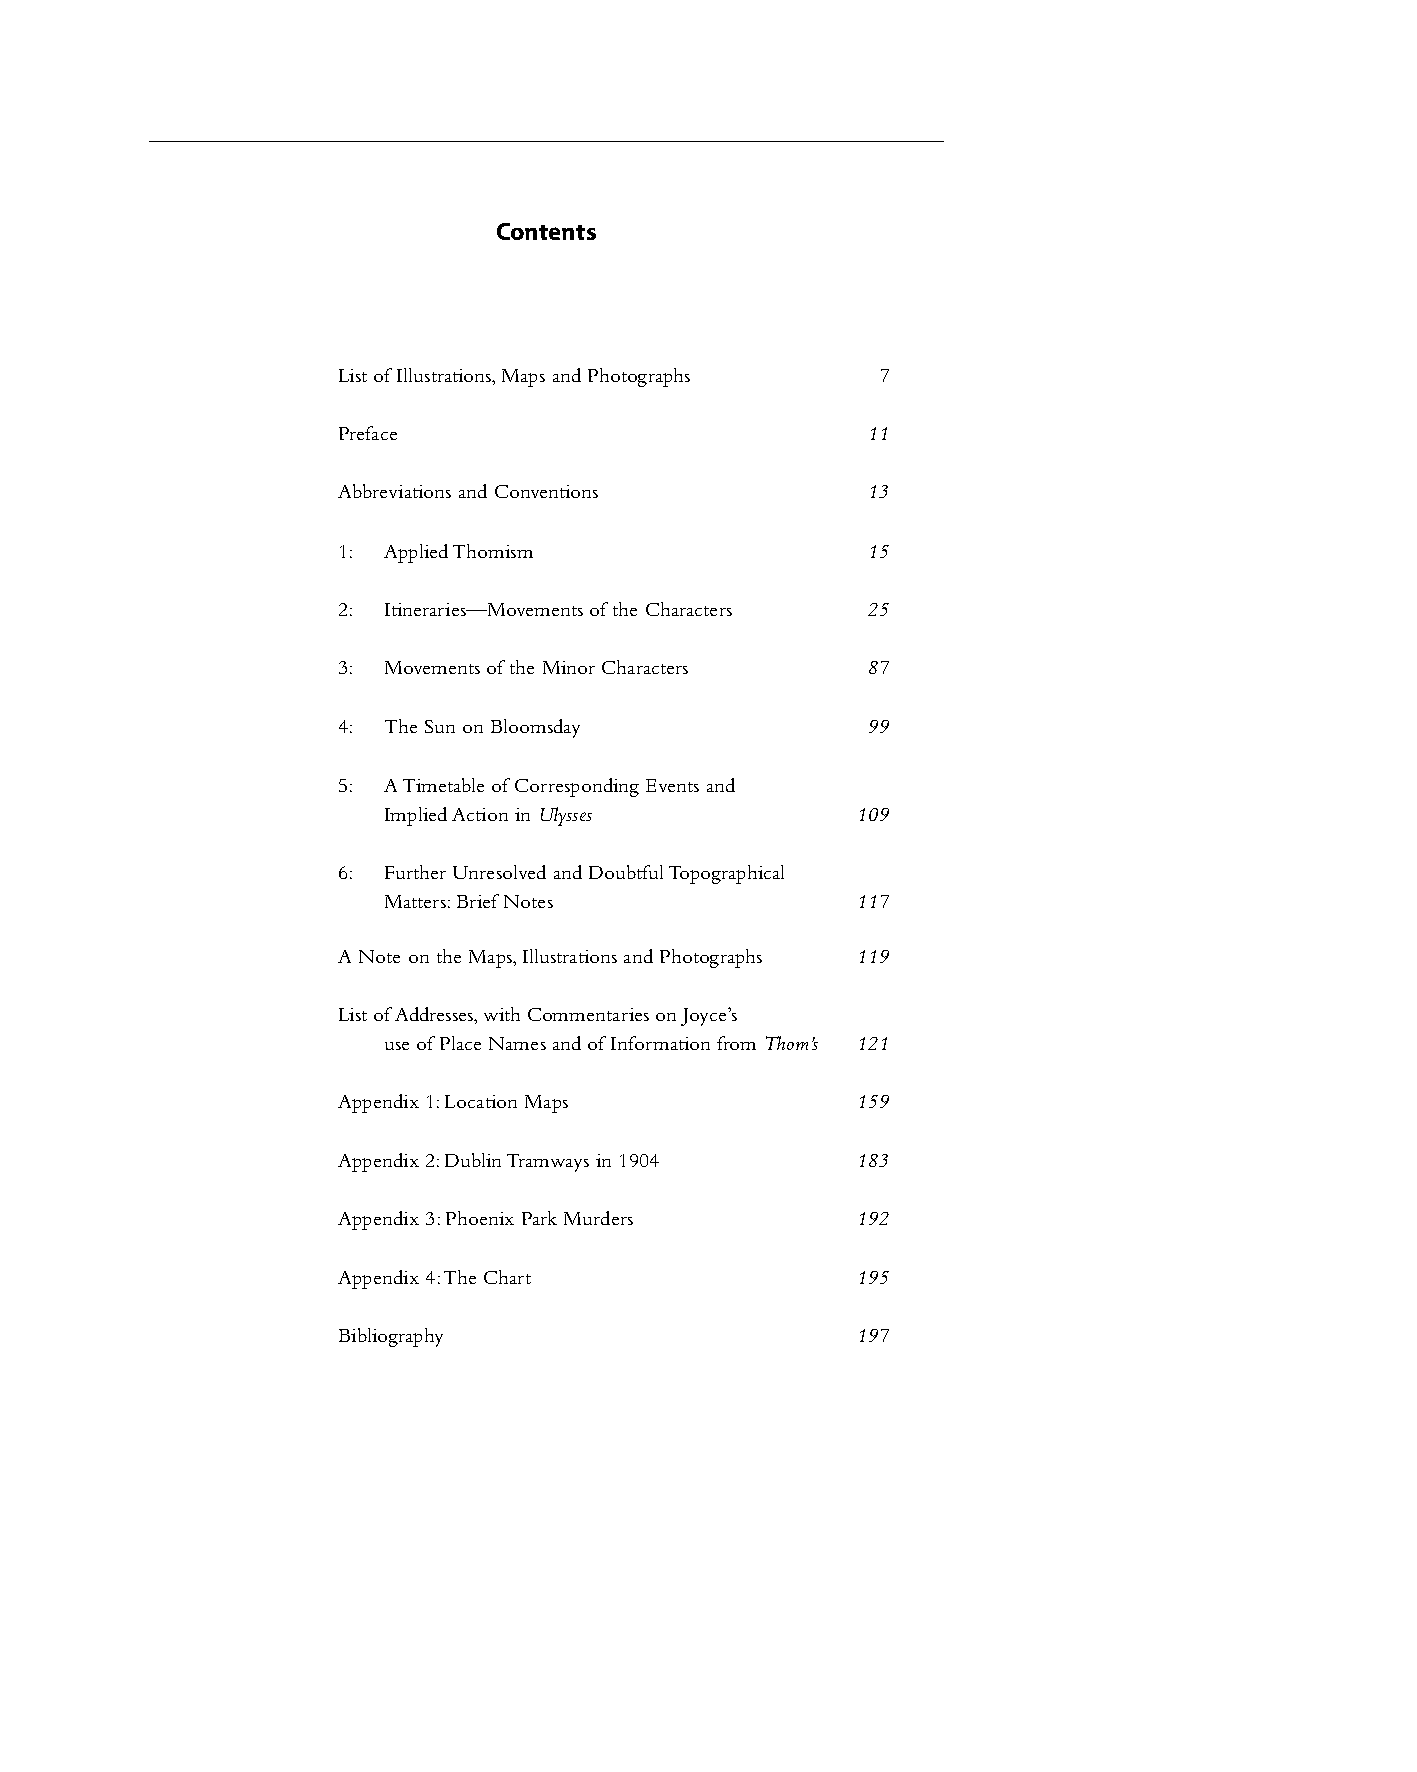
Contents
 List of Illustrations, Maps and Photographs 7
 Preface                            11
 Abbreviations and Conventions      13
 1: Applied Thomism                 15
 2: Itineraries—Movements of the Characters 25
 3: Movements of the Minor Characters 87
 4: The Sun on Bloomsday            99
 5: A Timetable of Corresponding Events and
 Implied Action in Ulysses       109
 6: Further Unresolved and Doubtful Topographical
 Matters: Brief Notes            117
 A Note on the Maps, Illustrations and Photographs 119
 List of Addresses, with Commentaries on Joyce’s
 use of Place Names and of Information from Thom’s 121
 Appendix 1: Location Maps          159
 Appendix 2: Dublin Tramways in 1904 183
 Appendix 3: Phoenix Park Murders   192
 Appendix 4: The Chart              195
 Bibliography                       197